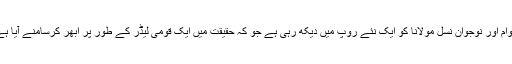
عوام اور نوجوان نسل مولانا کو ایک نئے روپ میں دیکھ رہی ہے جو کہ حقیقت میں ایک قومی لیڈر کے طور پر ابھر کرسامنے آیا ہے۔